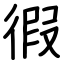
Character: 徦